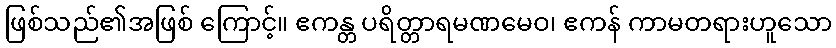
ဖြစ်သည်၏အဖြစ် ကြောင့်။ ဧကန္တ ပရိတ္တာရမဏမေဝ၊ ဧကန် ကာမတရားဟူသော